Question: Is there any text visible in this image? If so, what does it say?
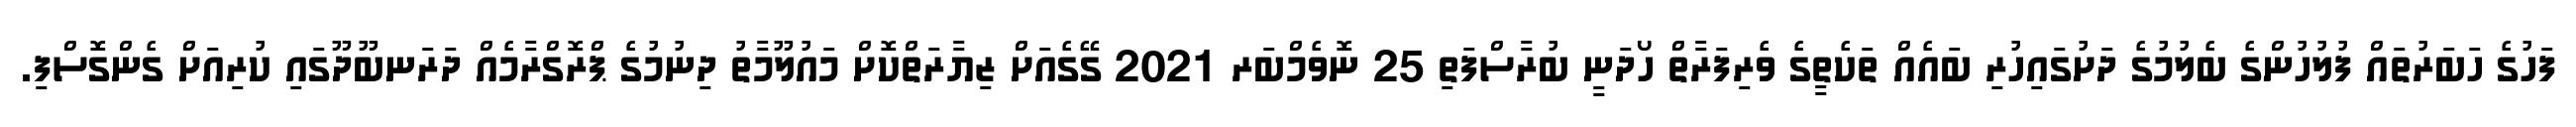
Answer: ފަހުގެ ހަބަރުތައް ފުލުހުންގެ ބެލުމުގެ ދަށުގައިހުރި ބައެއް ތަކެތީގެ ވެރިފަރާތް ހޯދަނީ ބުރާސްފަތި 25 ނޮވެމްބަރ 2021 ގޭގެއަށް ޒިޔާރަތްކޮށް މައުލޫމާތު ދިނުމުގެ ޕްރޮގްރާމެއް ދަރަނބޫދޫގައި ކުރިއަށް ގެންގޮސްފި.